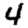
Digit: 4